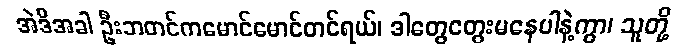
အဲဒီအခါ ဦးဘတင်ကမောင်မောင်တင်ရယ်၊ ဒါတွေတွေးမနေပါနဲ့ကွာ၊ သူတို့